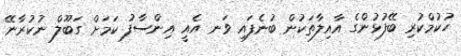
ހުކުމްކުރި ބޭފުޅުންގެ އާއިލާތަކުން ބުނެފައި ވަނ އެއީ އިންސާފު ކަމަށް ގަބޫލް ނުކުރާނޭ